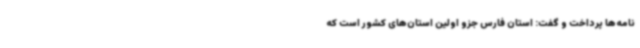
نامه‌ها پرداخت و گفت: استان فارس جزو اولین استان‌های کشور است که